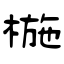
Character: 椸